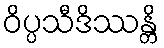
ဝိပ္ပသီဒိဿန္တိ